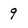
Character: 9